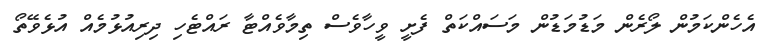
އެހެންކަމުން ލޯރެން މަޑުމަޑުން މަސައްކަތް ފެށީ ވީހާވެސް ތިމާވެއްޓާ ރައްޓެހި ދިރިއުޅުމެއް އުޅެވޭތޯ